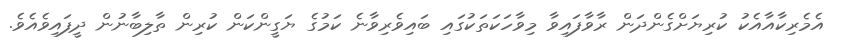
އެމެރިކާއާއެކު ކުރިޔަށްގެންދަން ރާވާފައިވާ މިވާހަކަތަކުގައި ބައިވެރިވާނެ ކަމުގެ ޔަގީންކަން ކުރިން ތާލިބާނުން ދީފައިވެއެވެ.